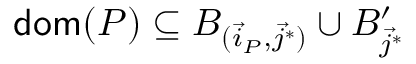
\mathsf { d o m } ( P ) \subseteq B _ { ( \vec { i } _ { P } , \vec { j } ^ { * } ) } \cup B _ { \vec { j } ^ { * } } ^ { \prime }